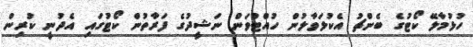
ހުޅުމާލޭ ކޯޓުގެ ބެންޗު އެކުލަވާލުން ހުއްޓުވަން ނަޝީދުގެ ފަރާތުން ކޯޓުގައި އެދުނީ ކުރިން